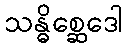
သန္ဓိစ္ဆေဒေါ